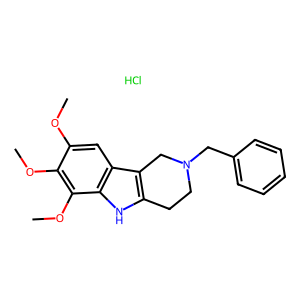
SMILES: COc1cc2c3c([nH]c2c(OC)c1OC)CCN(Cc1ccccc1)C3.Cl
Inhibits HIV replication: No